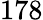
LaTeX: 178